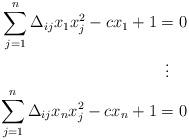
LaTeX: \begin{align*}\begin{aligned}\sum_{j=1}^n \Delta_{ij} x_1 x_j^2 - c x_1 + 1 &= 0 \\&\vdotswithin{=} \\\sum_{j=1}^n \Delta_{ij} x_n x_j^2 - c x_n + 1 &= 0 \end{aligned}\end{align*}